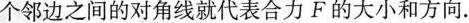
力的线段为邻边作平行四边形，这两个邻边之间的对角线就代表合力F的大小和方向.